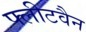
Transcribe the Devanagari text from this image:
फ्लीटवैन